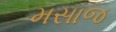
મસાજ